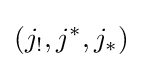
(j_{!},j^{*},j_{*})